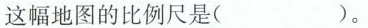
这幅地图的比例尺是( )。